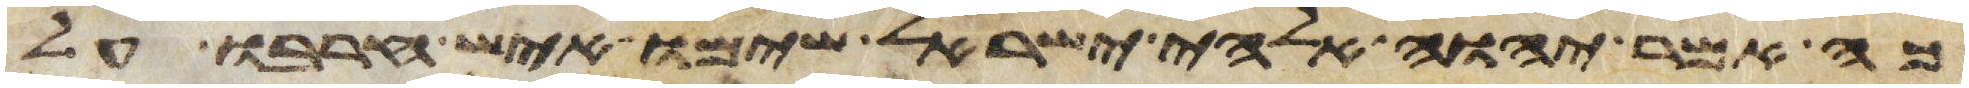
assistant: כה אמר יהוה אלהי ישראל שימו איש חרבו על